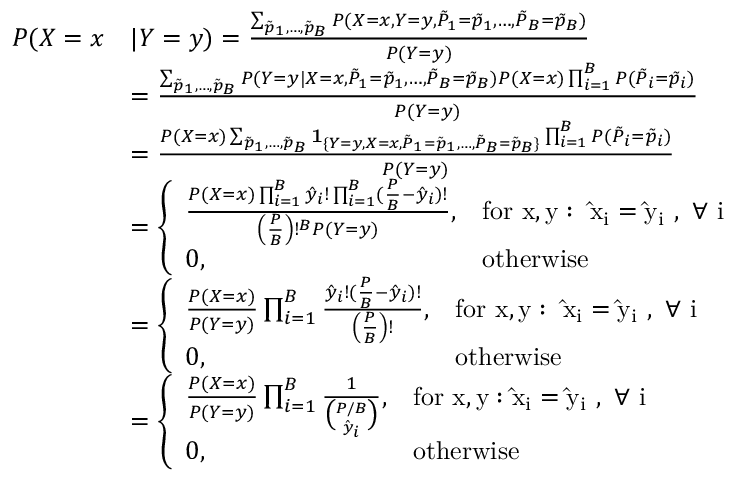
\begin{array} { r l } { P ( X = x } & { | Y = y ) = \frac { \sum _ { \Tilde { p } _ { 1 } , \dots , \Tilde { p } _ { B } } P ( X = x , Y = y , \Tilde { P } _ { 1 } = \Tilde { p } _ { 1 } , \dots , \Tilde { P } _ { B } = \Tilde { p } _ { B } ) } { P ( Y = y ) } } \\ & { = \frac { \sum _ { \Tilde { p } _ { 1 } , \dots , \Tilde { p } _ { B } } P ( Y = y | X = x , \Tilde { P } _ { 1 } = \Tilde { p } _ { 1 } , \dots , \Tilde { P } _ { B } = \Tilde { p } _ { B } ) P ( X = x ) \prod _ { i = 1 } ^ { B } P ( \Tilde { P } _ { i } = \Tilde { p } _ { i } ) } { P ( Y = y ) } } \\ & { = \frac { P ( X = x ) \sum _ { \Tilde { p } _ { 1 } , \dots , \Tilde { p } _ { B } } \mathbf { 1 } _ { \{ Y = y , X = x , \Tilde { P } _ { 1 } = \Tilde { p } _ { 1 } , \dots , \Tilde { P } _ { B } = \Tilde { p } _ { B } \} } \prod _ { i = 1 } ^ { B } P ( \Tilde { P } _ { i } = \Tilde { p } _ { i } ) } { P ( Y = y ) } } \\ & { = \left\{ \begin{array} { l l } { \frac { P ( X = x ) \prod _ { i = 1 } ^ { B } \hat { y } _ { i } ! \prod _ { i = 1 } ^ { B } ( \frac { P } { B } - \hat { y } _ { i } ) ! } { \left( \frac { P } { B } \right) ! ^ { B } P ( Y = y ) } , } & { \mathrm { f o r ~ x , y : ~ \hat { x } _ i = \hat { y } _ i ~ , ~ \forall ~ i ~ } } \\ { 0 , } & { \mathrm { o t h e r w i s e } } \end{array} \right. } \\ & { = \left\{ \begin{array} { l l } { \frac { P ( X = x ) } { P ( Y = y ) } \prod _ { i = 1 } ^ { B } \frac { \hat { y } _ { i } ! ( \frac { P } { B } - \hat { y } _ { i } ) ! } { \left( \frac { P } { B } \right) ! } , } & { \mathrm { f o r ~ x , y : ~ \hat { x } _ i = \hat { y } _ i ~ , ~ \forall ~ i ~ } } \\ { 0 , } & { \mathrm { o t h e r w i s e } } \end{array} \right. } \\ & { = \left\{ \begin{array} { l l } { \frac { P ( X = x ) } { P ( Y = y ) } \prod _ { i = 1 } ^ { B } \frac { 1 } { \binom { P / B } { \hat { y } _ { i } } } , } & { \mathrm { f o r ~ x , y : \hat { x } _ i = \hat { y } _ i ~ , ~ \forall ~ i ~ } } \\ { 0 , } & { \mathrm { o t h e r w i s e } } \end{array} \right. } \end{array}